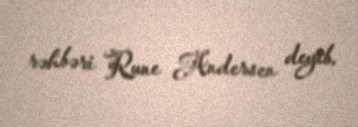
rəhbəri Rune Andersen deyib.